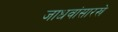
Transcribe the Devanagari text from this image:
जाधवांसारखे